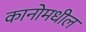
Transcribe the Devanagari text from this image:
कानोमधील